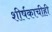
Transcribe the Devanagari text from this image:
शीर्षकाचीही